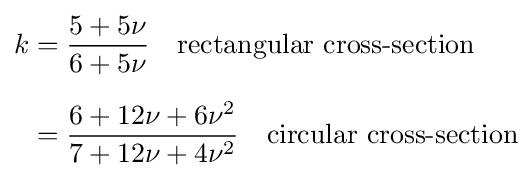
{\begin{aligned}k&={\frac {5+5\nu }{6+5\nu }}\quad {\text{rectangular cross-section}}\\[6pt]&={\frac {6+12\nu +6\nu ^{2}}{7+12\nu +4\nu ^{2}}}\quad {\text{circular cross-section}}\end{aligned}}